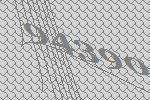
94390